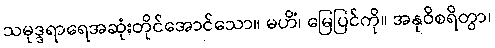
သမုဒ္ဒရာရေအဆုံးတိုင်အောင်သော။ မဟိံ၊ မြေပြင်ကို။ အနုဝိစရိတွာ၊